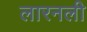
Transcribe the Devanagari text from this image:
लारनली